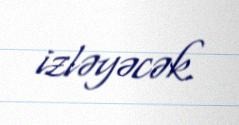
izləyəcək.